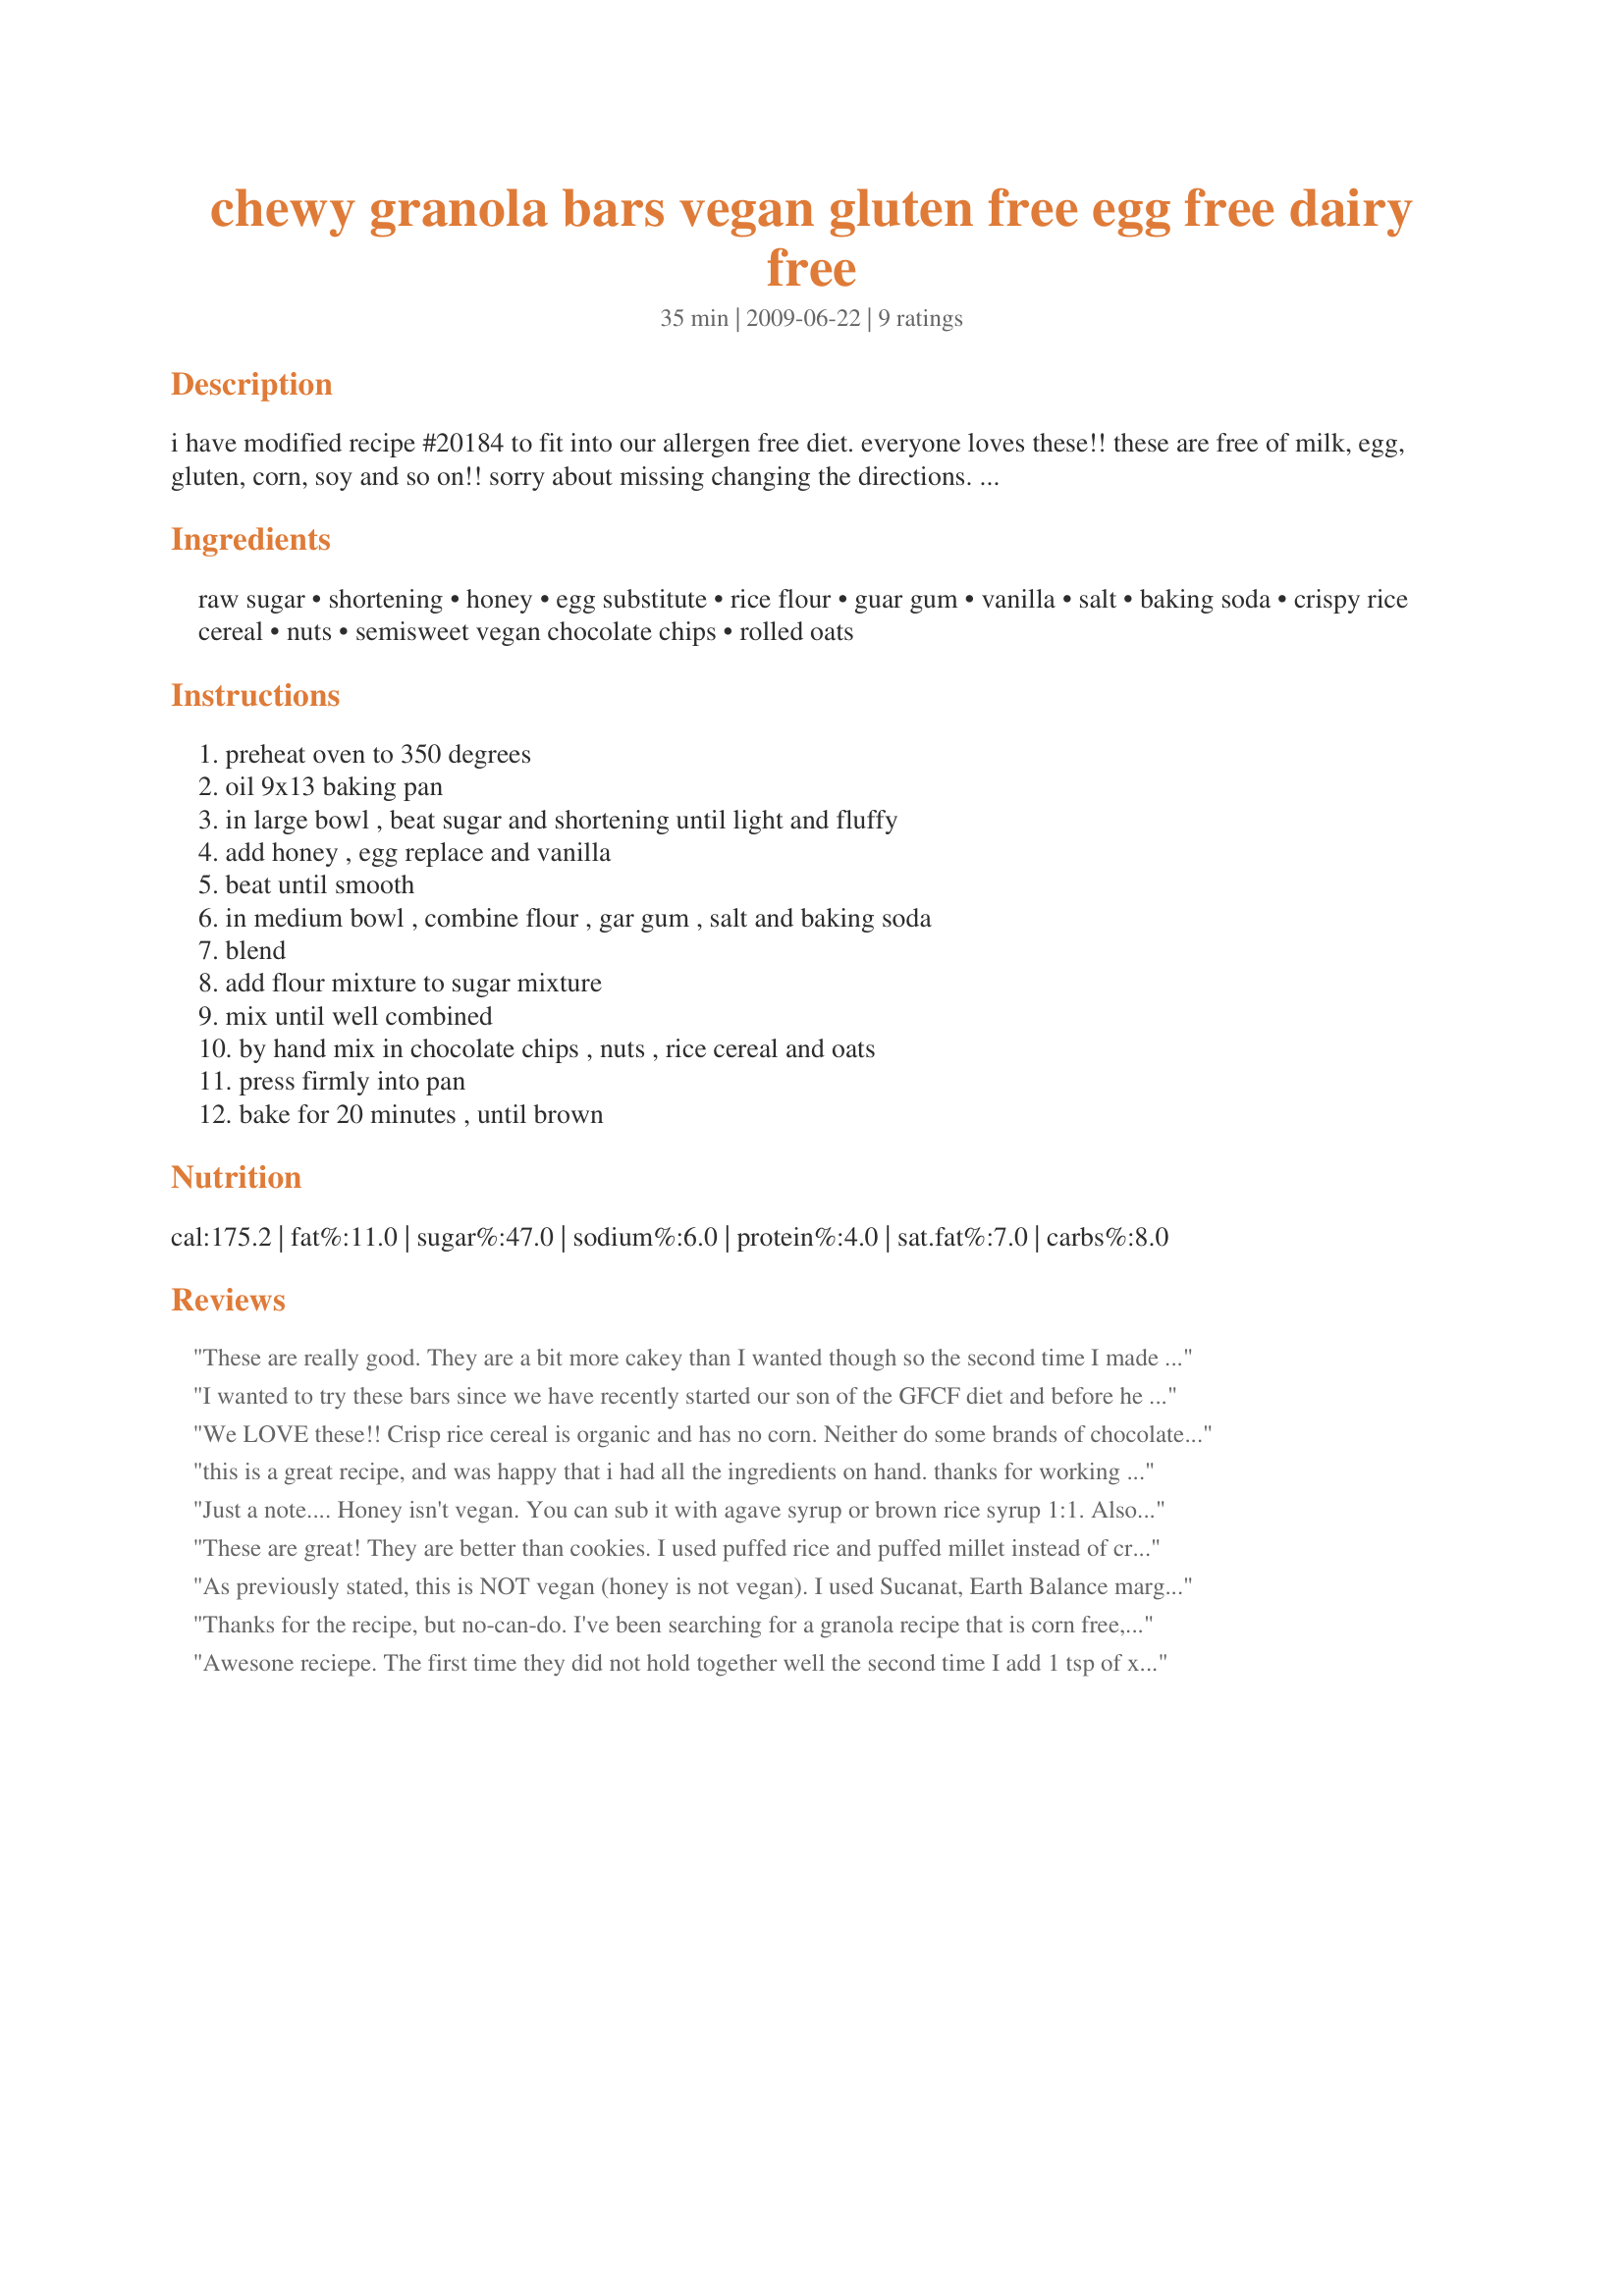
chewy granola bars vegan gluten free egg free dairy free
Preparation time: 35 minutes

i have modified recipe #20184 to fit into our allergen free diet. everyone loves these!! these are free of milk, egg, gluten, corn, soy and so on!!

sorry about missing changing the directions. i have been tweaking the recipe. everything should be correct now.

you will have to read labels to be sure that the items you buy are allergen free. this recipe is quite forgiving but using regular rice flour helps them to stick together.

Ingredients:
raw sugar, shortening, honey, egg substitute, rice flour, guar gum, vanilla, salt, baking soda, crispy rice cereal, nuts, semisweet vegan chocolate chips, rolled oats

Steps:
preheat oven to 350 degrees, oil 9x13 baking pan, in large bowl , beat sugar and shortening until light and fluffy, add honey , egg replace and vanilla, beat until smooth, in medium bowl , combine flour , gar gum , salt and baking soda, blend, add flour mixture to sugar mixture, mix until well combined, by hand mix in chocolate chips , nuts , rice cereal and oats, press firmly into pan, bake for 20 minutes , until brown

Reviews:
These are really good. They are a bit more cakey than I wanted though so the second time I made them, I decreased the rice flour and increased the oats and crispy rice. I also decreased the sugar to 1/2 cup. Oh...and I have only ever made them with currants and almonds rather than the chocolate chips. One thing that is a bit confusing however is the inconsistencies between the recipe and the directions. Maybe Silly Goose can fix it. I almost didn't make them because I was concerned I was using the wrong ingredients. For instance it mentions using rice milk in the directions but not the recipe. I did not use rice milk. It mentions baking pwder int he recipe and baking soda in the directions. Anyway....it might be easier for a reluctant cook to make this recipe if the recipe and directions used the same language and ingredients.
I wanted to try these bars since we have recently started our son of the GFCF diet and before he loved the oats and chocolate chip FiberOne bars. We were very impressed by the taste, but ran in to the same problem with them not being firm enough to cut into bars and eat with your hands. I would love any suggestions as this would make an excellent replacement for my son's favorite snack.
We LOVE these!!
Crisp rice cereal is organic and has no corn. Neither do some brands of chocolate chips. Or you can use raisins instead.
this is a great recipe, and was happy that i had all the ingredients on hand. thanks for working all the quirks so it turned out perfect for me:) i added 3tlbs natural maple syrup, 1tsp cinnamon, 2tlbs vanilla rice protein powder, 1/2 cup toasted coconut flakes, 1/2 cup toasted almonds, & 1/2 cup dried cranberries. i only added 1/2 cup raw sugar and a little less than 3/4 cup brown rice flour because of the extra ingredients i added. thx again!
Just a note.... Honey isn't vegan. You can sub it with agave syrup or brown rice syrup 1:1.

Also, not all crisp rice cereals are g/f, nor are they vegan. You can generally find generic brands that are. Often times the 'higher end'/organic ones are free of corn (ie corn syrup), gluten and any non-vegan ingredients (ie D3, etc).

This looks like a great recipe, however it is mislabeled. Sad I can't make it....
These are great! They are better than cookies. I used puffed rice and puffed millet instead of crispy rice ceral (hard to find economical gluten free brand) and added buckwheat goats, flax seed and seasame seeds for a little more crunch
As previously stated, this is NOT vegan (honey is not vegan). I used Sucanat, Earth Balance margarine, baking POWDER (not soda), another GF flour, GF chocolate crispy rice cereal, no nuts. When I combined all the ingredients (did not use rice milk) it looked as if it was too dry. However it all mixed in. The taste is good, but they are not firming up so that you can cut them into bars you can pick up with your hands. I'm not sure what would help that.
Thanks for the recipe, but no-can-do. I've been searching for a granola recipe that is corn free, and I was excited to find this one, but it includes Rice Krispies which contain high fructose corn syrup. Most of these recipies contain some form of corn: corn syrup, marshmallows, rice krispies, etc. Even sweetened chocolate chips! :*( Well, it does look like a great recipe for a gluten-free or vegan diet. Thanks anyway.
Awesone reciepe. The first time they did not hold together well the second time I add 1 tsp of xantham gum and they helh togather just fine.
